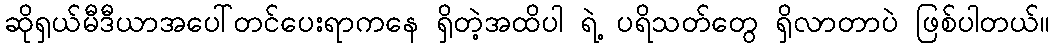
ဆိုရှယ်မီဒီယာအပေါ်တင်ပေးရာကနေ ရှိတဲ့အထိပါ ရဲ့ ပရိသတ်တွေ ရှိလာတာပဲ ဖြစ်ပါတယ်။